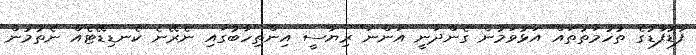
ފާޑުފާޑުގެ ތުހުމަތުތައް އަޅުވަމުން ގެންދަނީ އަންނަ ރިޔާސީ އިންތިހާބުގައި ނެރޭނެ ކެނޑިޑޭޓެއް ނެތުމުން